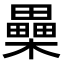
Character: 櫐